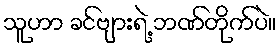
သူဟာ ခင်ဗျားရဲ့ ဘဏ်တိုက်ပဲ။